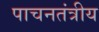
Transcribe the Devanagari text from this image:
पाचनतंत्रीय